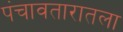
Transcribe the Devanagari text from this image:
पंचावतारातला